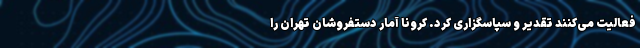
فعالیت می‌کنند تقدیر و سپاسگزاری کرد. کرونا آمار دستفروشان تهران را